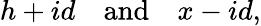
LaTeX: h+id\quad{\mathrm{and}}\quad x-id,